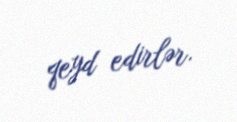
qeyd edirlər.